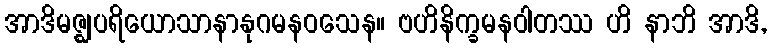
အာဒိမဇ္ဈပရိယောသာနာနုဂမနဝသေန။ ဗဟိနိက္ခမနဝါတဿ ဟိ နာဘိ အာဒိ,